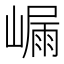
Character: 𭗑